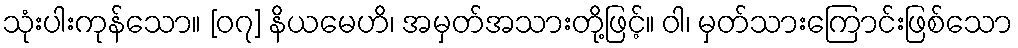
သုံးပါးကုန်သော။ [၀၇] နိယမေဟိ၊ အမှတ်အသားတို့ဖြင့်။ ဝါ၊ မှတ်သားကြောင်းဖြစ်သော